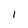
Character: 1